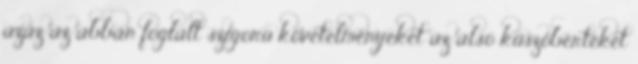
azaz az abban foglalt szigorú követelményeket az alsó küszöbértéket